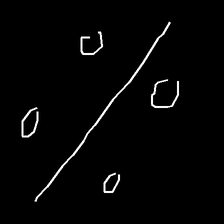
Glyph: cool